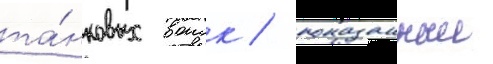
та́нковых воиск / показанныи